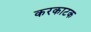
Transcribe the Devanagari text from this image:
करकाटक